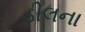
ડીલના